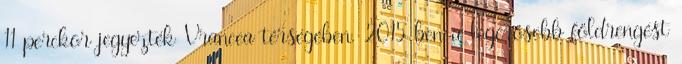
11 perckor jegyezték Vrancea térségében. 2015-ben a legerősebb földrengést